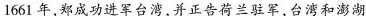
1661年，郑成功进军台湾，并正告荷兰驻军，台湾和澎湖